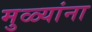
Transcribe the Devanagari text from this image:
मुळ्यांना